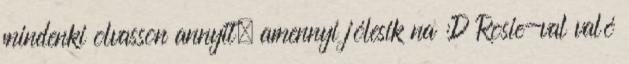
mindenki olvasson annyit, amennyi jólesik na :D Rosie-val való